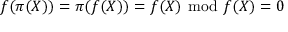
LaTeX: f ( \pi ( X ) ) = \pi ( f ( X ) ) = f ( X ) \ { \bmod { \ } } f ( X ) = 0